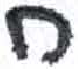
אות: ח